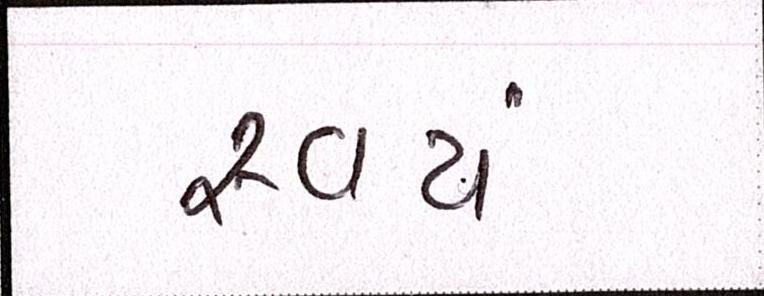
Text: સ્વયં